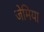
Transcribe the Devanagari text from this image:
जेमिया